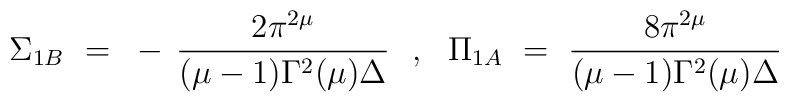
\Sigma_{1B} ~=~ - \, \frac{2\pi^{2\mu}}{(\mu-1)\Gamma^2(\mu)\Delta} ~~,~~\Pi_{1A} ~=~ \frac{8\pi^{2\mu}}{(\mu-1)\Gamma^2(\mu)\Delta}